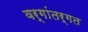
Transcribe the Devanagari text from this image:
वर्गांतर्गत